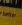
better